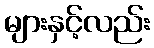
များနှင့်လည်း